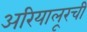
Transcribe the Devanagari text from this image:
अरियालूरची